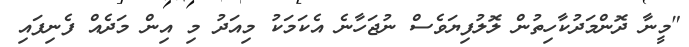
"މީނާ ދޮންމަދުކާހިތުން ލޮލުފިޔަވެސް ނުޖަހާނެ އެކަމަކު މިއަދު މި އިން މަދެއް ފެނިފައި